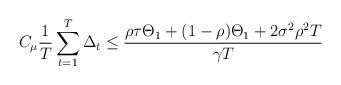
LaTeX: \begin{align*}C_{\mu}\frac{1}{T}\sum_{t=1}^T \Delta_t \leq \frac{\rho\tau\Theta_1 +(1-\rho)\Theta_1 + 2\sigma^2\rho^2T}{\gamma T}\end{align*}